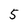
Character: 5